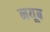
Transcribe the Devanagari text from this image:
नयूब